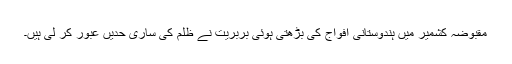
مقبوضہ کشمیر میں ہندوستانی افواج کی بڑھتی ہوئی بربریت نے ظلم کی ساری حدیں عبور کر لی ہیں۔